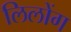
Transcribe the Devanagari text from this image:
लिलोंग